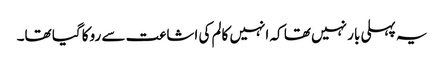
یہ پہلی بار نہیں تھا کہ انہیں کالم کی اشاعت سے روکا گیا تھا۔